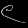
Digit: ၉